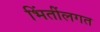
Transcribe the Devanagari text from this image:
भिंतींलगत